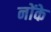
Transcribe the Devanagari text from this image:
नोंके